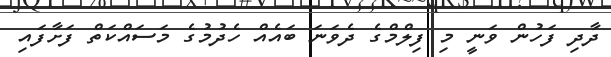
ދާދި ފަހުން ވަނީ މި ފިލްމްގެ ދެވަނަ ބައެއް ހެދުމުގެ މަސައްކަތް ފަށާފައި